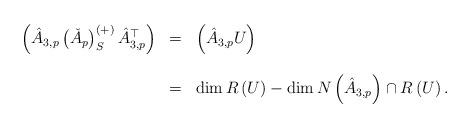
LaTeX: \begin{align*}\begin{array}{rcl}\left(\hat{A}_{3,p}\left(\check{A}_{p}\right)_{S}^{\left(+\right)}\hat{A}_{3,p}^{\top}\right) & = & \left(\hat{A}_{3,p}U\right)\\\\ & = & \dim R\left(U\right)-\dim N\left(\hat{A}_{3,p}\right)\cap R\left(U\right).\end{array}\end{align*}